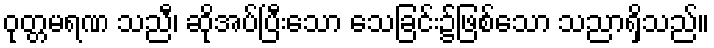
ဝုတ္တမရဏ သညီ၊ ဆိုအပ်ပြီးသော သေခြင်း၌ဖြစ်သော သညာရှိသည်။